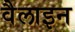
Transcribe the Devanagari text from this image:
वैलाइन